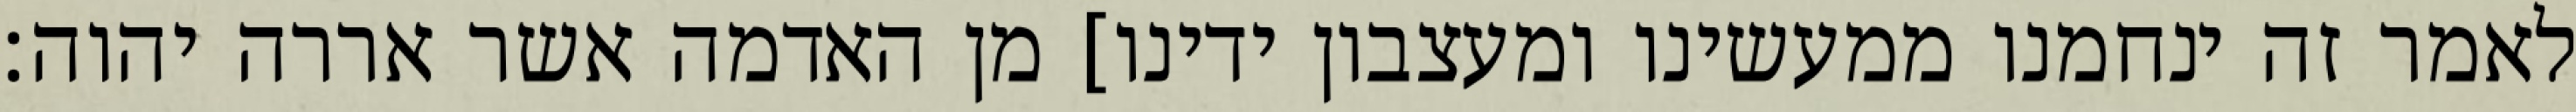
לאמר זה ינחמנו ממעשינו ומעצבון ידינו] מן האדמה אשר אררה יהוה׃